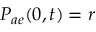
P _ { a e } ( 0 , t ) = r